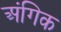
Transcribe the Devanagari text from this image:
अंगिक